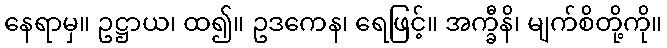
နေရာမှ။ ဥဋ္ဌာယ၊ ထ၍။ ဥဒကေန၊ ရေဖြင့်။ အက္ခီနိ၊ မျက်စိတို့ကို။